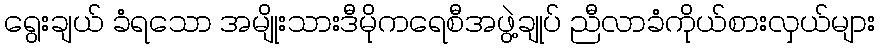
ရွေးချယ် ခံရသော အမျိုးသားဒီမိုကရေစီအဖွဲ့ချုပ် ညီလာခံကိုယ်စားလှယ်များ